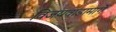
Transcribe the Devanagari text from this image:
विजयवाडामार्गे